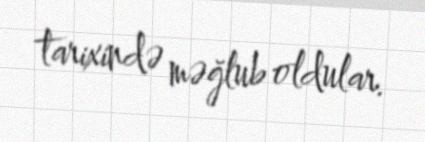
tarixində məğlub oldular.